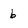
Character: b